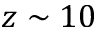
z \sim 1 0